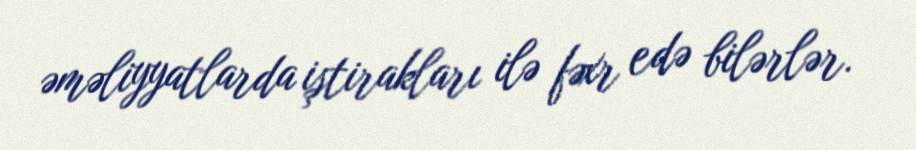
əməliyyatlarda iştirakları ilə fəxr edə bilərlər.